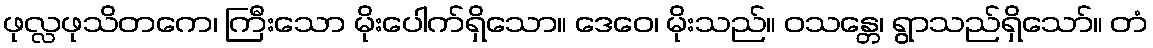
ဖုလ္လဖုသိတကေ၊ ကြီးသော မိုးပေါက်ရှိသော။ ဒေဝေ၊ မိုးသည်။ ဝသန္တေ၊ ရွာသည်ရှိသော်။ တံ